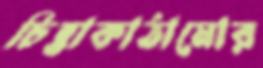
চিন্তাকাঠামোর